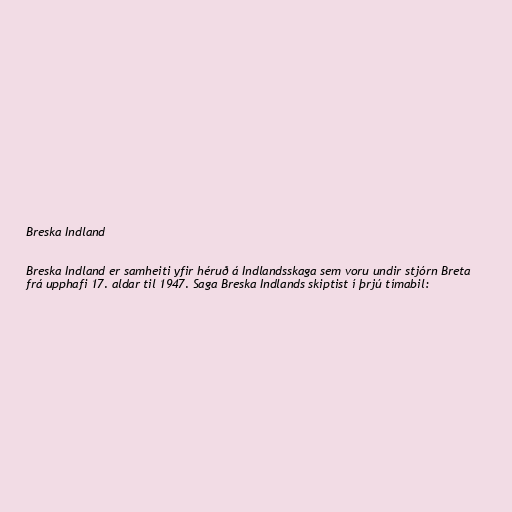
Breska Indland

Breska Indland er samheiti yfir héruð á Indlandsskaga sem voru undir stjórn Breta
frá upphafi 17. aldar til 1947. Saga Breska Indlands skiptist í þrjú tímabil: